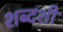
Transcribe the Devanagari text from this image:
शब्दशी